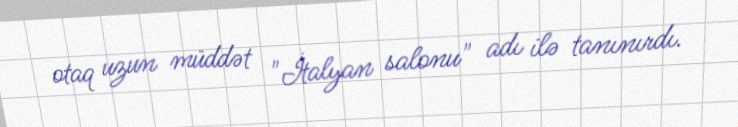
otaq uzun müddət "İtalyan salonu" adı ilə tanınırdı.